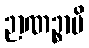
ဉာဏဉ္စာပိ